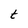
Character: t